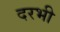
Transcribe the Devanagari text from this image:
दरभी